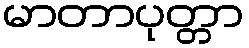
မာတာပုတ္တာ